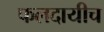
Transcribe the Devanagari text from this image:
फलदायीच